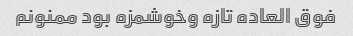
فوق العاده تازه وخوشمزه بود ممنونم